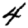
Digit: 4